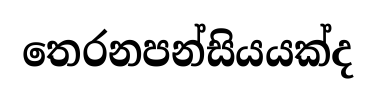
තෙරනපන්සියයක්ද